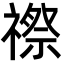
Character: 䄞